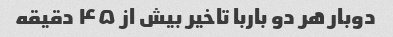
دوبار هر دو باربا تاخیر بیش از ۴۵ دقیقه